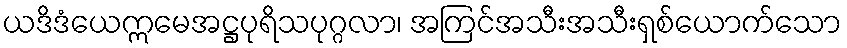
ယဒိဒံယေဣမေအဋ္ဌပုရိသပုဂ္ဂလာ၊ အကြင်အသီးအသီးရှစ်ယောက်သော